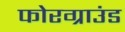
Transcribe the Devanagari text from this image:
फोरग्राउंड